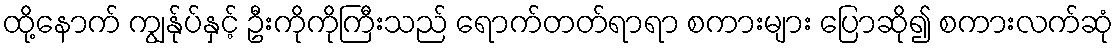
ထို့နောက် ကျွန်ုပ်နှင့် ဦးကိုကိုကြီးသည် ရောက်တတ်ရာရာ စကားများ ပြောဆို၍ စကားလက်ဆုံ